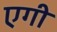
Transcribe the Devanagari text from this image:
एगी